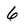
Character: 6